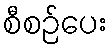
စီစဉ်ပေး